Leaving Certificate Examination, 1924
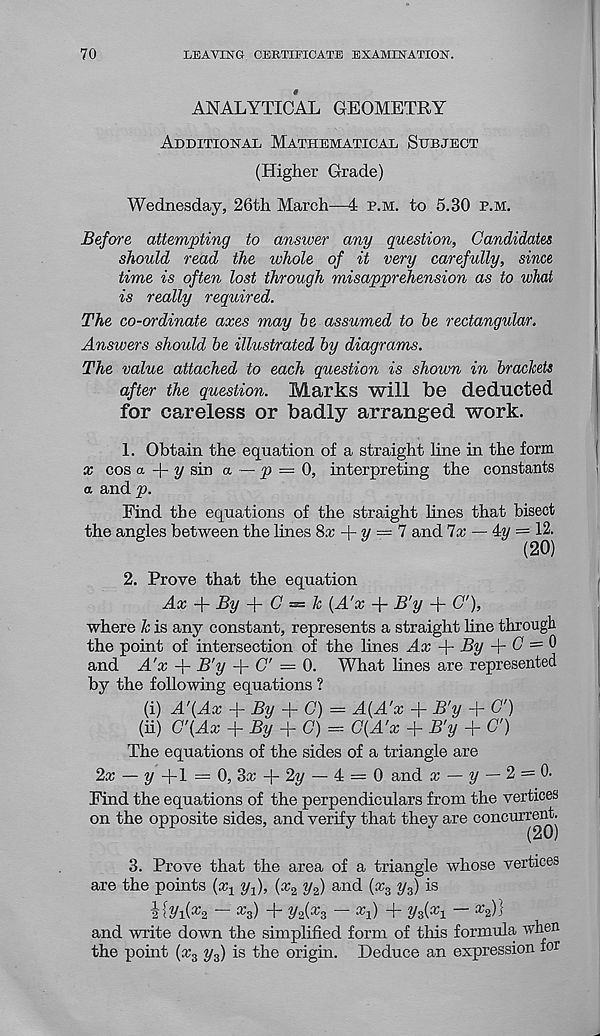
70
LEAVING CERTIFICATE EXAMINATION.
ANALYTICAL GEOMETRY
Additional Mathematical Subject
(Higher Grade)
Wednesday, 26th March—4 p.m. to 5.30 p.m.
Before attempting to answer any question, Candidates
should read the whole of it very carefully, since
time is often lost through misapprehension as to what
is really required.
The co-ordinate axes may be assumed to be rectangular.
Answers should be illustrated by diagrams.
The value attached to each question is shown in brackets
after the question. Marks will be deducted
for careless or badly arranged work.
1. Obtain the equation of a straight line in the form
x cos a A y sin a — p = 0, interpreting the constants
a and^p.
Find the equations of the straight lines that bisect
the angles between the lines $>x -\-y = 1 and lx — 4y = 12.
2. Prove that the equation
Ax + By -f (7 = & {A'x A B'y A C f, )>
where k is any constant, represents a straight line through
the point of intersection of the lines Ax
By A ^ = ®
and A'x A- B'y A C" = 0. What lines are represented
by the following equations ?
(i) A'(Ax A % A <7) = A{A'x A B'y A G')
(ii) C'(Ax A By A G) = C(A'x A B'y A G')
The equations of the sides of a triangle are
2* — y A1 = 0, 3a: A % — 4 = 0 and cc — y — 2 = 0.
Find the equations of the perpendiculars from the vertices
on the opposite sides, and verify that they are concurrent.
3. Prove that the area of a triangle whose vertices
are the points {x 1 yf), (x 2 y 2 ) and (x 3 y 3 ) is
i{yi(A — ^3) + y4, x e — *1) + y?,( x i —
and write down the simplified form of this formula when
the pomt (x 3 y 3 ) is the origin. Deduce an expression for